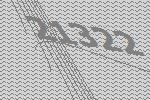
21322